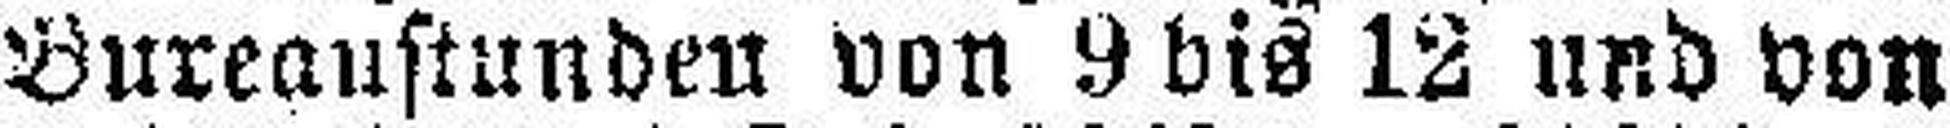
Bureaustunden von 9 bis 12 und von